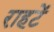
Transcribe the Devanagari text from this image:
राहटें